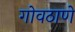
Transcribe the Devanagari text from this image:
गोवठाणे